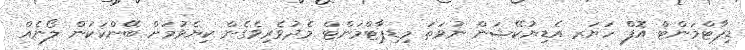
ޑިޕާޓްމަންޓް އޮފް ހަޔަރ އެޑިޔުކޭޝަން ނުވަތަ މިޑިޕާޓްމަންޓް މެދުވެރިވެގެން ކިޔެވުމަށް ބޭންކަކުން ލޯނެއް